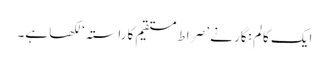
ایک کالم نگار نے ’صِراط مستقیم کا راستہ‘ لکھا ہے۔